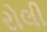
રોલી